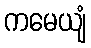
ကမေယျံ